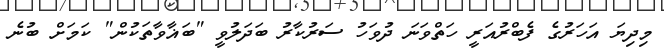
މިދިޔަ އަހަރުގެ ފެބްރުއަރީ ހަތްވަނަ ދުވަހު ސަރުކާރު ބަދަލުވީ "ބަޣާވާތަކުން" ކަމަށް ބުނެ